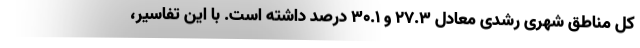
کل مناطق شهری رشدی معادل ۲۷.۳ و ۳۰.۱ درصد داشته است. با این تفاسیر،